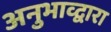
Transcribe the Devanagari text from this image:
अनुभाव्द्वारा